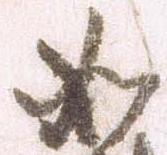
如